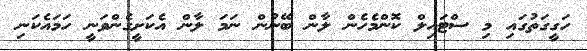
ހަގީގަތުގައި މި ސްޓައިލް ކޮންމެހެން ލާން ބޭނުން ނަމަ ލާން އެކަށީގެންވަނީ ހަމައެކަނި